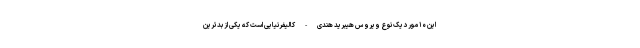
این ۱۰ مورد یک نوع ویروس هیبرید هندی-کالیفرنیایی است که یکی از بدترین